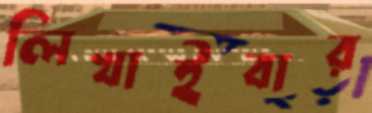
লিখাইবার